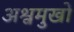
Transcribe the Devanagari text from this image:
अश्वमुखों